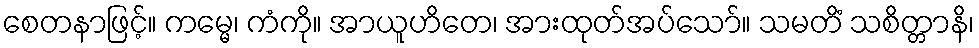
စေတနာဖြင့်။ ကမ္မေ၊ ကံကို။ အာယူဟိတေ၊ အားထုတ်အပ်သော်။ သမတိံ သစိတ္တာနိ၊